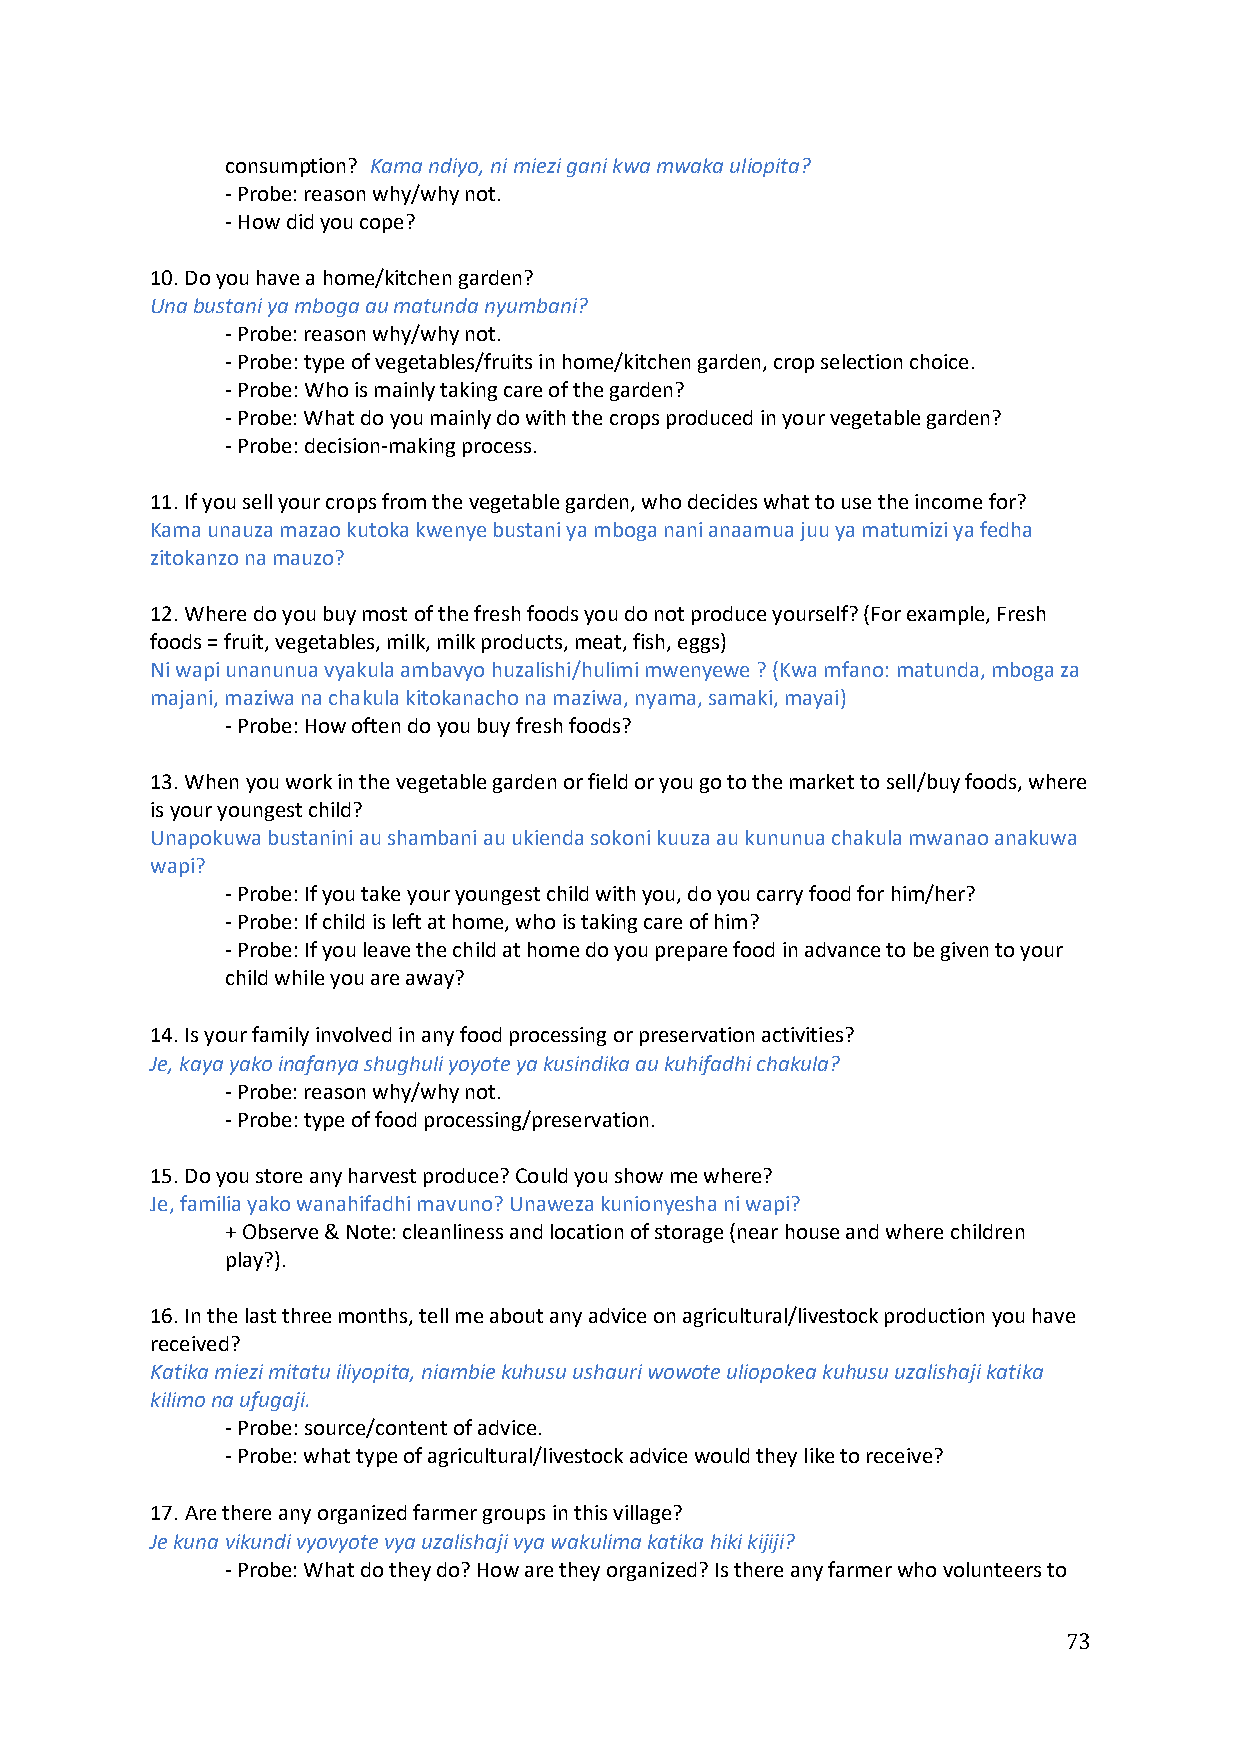
consumption? Kama ndiyo, ni miezi gani kwa mwaka uliopita?
 - Probe: reason why/why not.
 - How did you cope?
 10. Do you have a home/kitchen garden?
 Una bustani ya mboga au matunda nyumbani?
 - Probe: reason why/why not.
 - Probe: type of vegetables/fruits in home/kitchen garden, crop selection choice.
 - Probe: Who is mainly taking care of the garden?
 - Probe: What do you mainly do with the crops produced in your vegetable garden?
 - Probe: decision-making process.
 11. If you sell your crops from the vegetable garden, who decides what to use the income for?
 Kama unauza mazao kutoka kwenye bustani ya mboga nani anaamua juu ya matumizi ya fedha
 zitokanzo na mauzo?
 12. Where do you buy most of the fresh foods you do not produce yourself? (For example, Fresh
 foods = fruit, vegetables, milk, milk products, meat, fish, eggs)
 Ni wapi unanunua vyakula ambavyo huzalishi/hulimi mwenyewe ? (Kwa mfano: matunda, mboga za
 majani, maziwa na chakula kitokanacho na maziwa, nyama, samaki, mayai)
 - Probe: How often do you buy fresh foods?
 13. When you work in the vegetable garden or field or you go to the market to sell/buy foods, where
 is your youngest child?
 Unapokuwa bustanini au shambani au ukienda sokoni kuuza au kununua chakula mwanao anakuwa
 wapi?
 - Probe: If you take your youngest child with you, do you carry food for him/her?
 - Probe: If child is left at home, who is taking care of him?
 - Probe: If you leave the child at home do you prepare food in advance to be given to your
 child while you are away?
 14. Is your family involved in any food processing or preservation activities?
 Je, kaya yako inafanya shughuli yoyote ya kusindika au kuhifadhi chakula?
 - Probe: reason why/why not.
 - Probe: type of food processing/preservation.
 15. Do you store any harvest produce? Could you show me where?
 Je, familia yako wanahifadhi mavuno? Unaweza kunionyesha ni wapi?
 + Observe & Note: cleanliness and location of storage (near house and where children
 play?).
 16. In the last three months, tell me about any advice on agricultural/livestock production you have
 received?
 Katika miezi mitatu iliyopita, niambie kuhusu ushauri wowote uliopokea kuhusu uzalishaji katika
 kilimo na ufugaji.
 - Probe: source/content of advice.
 - Probe: what type of agricultural/livestock advice would they like to receive?
 17. Are there any organized farmer groups in this village?
 Je kuna vikundi vyovyote vya uzalishaji vya wakulima katika hiki kijiji?
 - Probe: What do they do? How are they organized? Is there any farmer who volunteers to
 73